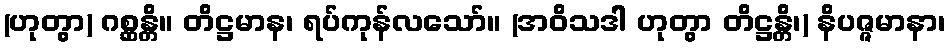
(ဟုတွာ) ဂစ္ဆန္တိ။ တိဋ္ဌမာန၊ ရပ်ကုန်လသော်။ (အဝိသဒါ ဟုတွာ တိဋ္ဌန္တိ၊) နိပဇ္ဇမာနာ၊